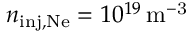
n _ { \mathrm { i n j , N e } } = 1 0 ^ { 1 9 } \, \mathrm { m ^ { - 3 } }